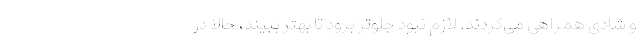
و شادی همراهی می‌کردند. لازم نبود جلوتر برود تا بهتر ببیند، حالا در